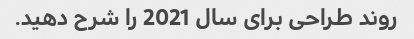
روند طراحی برای سال 2021 را شرح دهید.